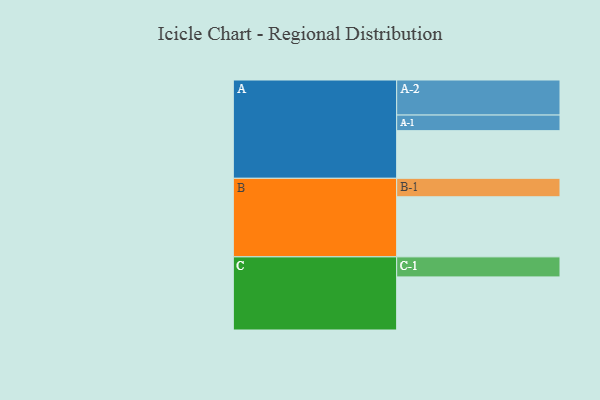
{"axis": {"x": "Segment", "y": "Value"}, "legend": ["", "A", "B", "C"], "data": [{"x": "A", "y": 333, "type": ""}, {"x": "B", "y": 420, "type": ""}, {"x": "C", "y": 371, "type": ""}, {"x": "A-1", "y": 109, "type": "A"}, {"x": "A-2", "y": 245, "type": "A"}, {"x": "B-1", "y": 129, "type": "B"}, {"x": "C-1", "y": 140, "type": "C"}]}